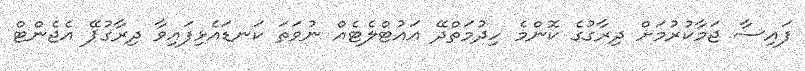
ފައިސާ ޖަމާކުރުމަށް ދިރާގުގެ ކޮންމެ ހިދުމަތްދޭ އައުޓްލެޓެއް ނުވަތަ ކަނޑައެޅިފައިވާ ދިރާގުޕޭ އެޖެންޓް